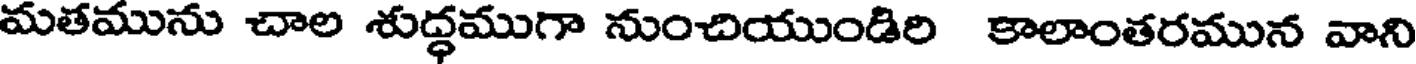
మతమును చాల శుద్ధముగా నుంచియుండిరి కాలాంతరమున వాని